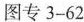
图专3-62